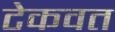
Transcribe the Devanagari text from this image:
टेकवत